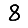
Digit: 8